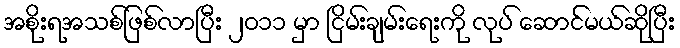
အစိုးရအသစ်ဖြစ်လာပြီး ၂ဝ၁၁ မှာ ငြိမ်းချမ်းရေးကို လုပ် ဆောင်မယ်ဆိုပြီး